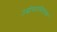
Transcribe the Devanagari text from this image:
उद्घोषतानियंत्रक